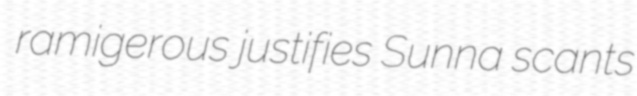
ramigerous justifies Sunna scants